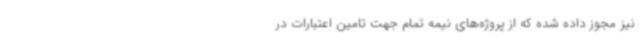
نیز مجوز داده شده که از پروژه‌های نیمه تمام جهت تامین اعتبارات در